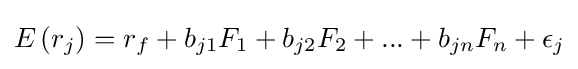
E\left(r_{j}\right)=r_{f}+b_{j1}F_{1}+b_{j2}F_{2}+...+b_{jn}F_{n}+\epsilon _{j}